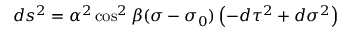
d s ^ { 2 } = \alpha ^ { 2 } \cos ^ { 2 } \beta ( \sigma - \sigma _ { 0 } ) \left( - d \tau ^ { 2 } + d \sigma ^ { 2 } \right)